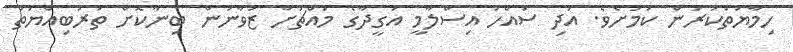
ހިމާޔަތްކުރަން ކަމަށެވެ. އަދި ސައްހަ އިސްލާމީ އަގީދާގެ މައްޗަށް ޒުވާނުން ބިނާކޮށް ތަރުބިއްޔަތު